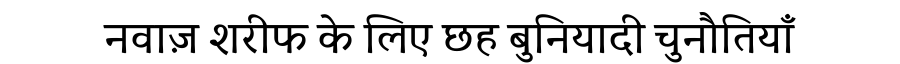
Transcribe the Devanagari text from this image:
नवाज़ शरीफ के लिए छह बुनियादी चुनौतियाँ